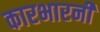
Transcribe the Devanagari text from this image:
कारभारनी